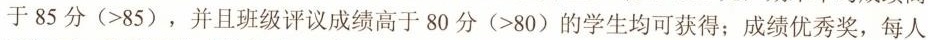
于85分(>85)，并且班级评议成绩高于80分(>80)的学生均可获得；成绩优秀奖，每人